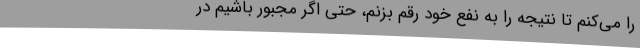
را می‌کنم تا نتیجه را به نفع خود رقم بزنم، حتی اگر مجبور باشیم در